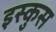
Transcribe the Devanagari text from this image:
इस्कुस